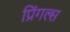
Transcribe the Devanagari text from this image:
प्रिंगल्स